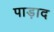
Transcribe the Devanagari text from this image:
पाड़ाद